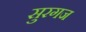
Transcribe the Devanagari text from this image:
सुरगज